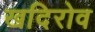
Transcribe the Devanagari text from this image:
खदिरोव